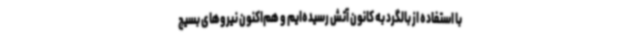
با استفاده از بالگرد به کانون آتش رسیده‌ایم و هم‌اکنون نیروهای بسیج